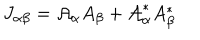
LaTeX: J _ { \alpha \beta } = { \cal { A } } _ { \alpha } A _ { \beta } + { \cal { A } } _ { \alpha } ^ { * } A _ { \beta } ^ { * }